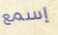
إسمع